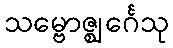
သမ္ဗောဇ္ဈင်္ဂေသု